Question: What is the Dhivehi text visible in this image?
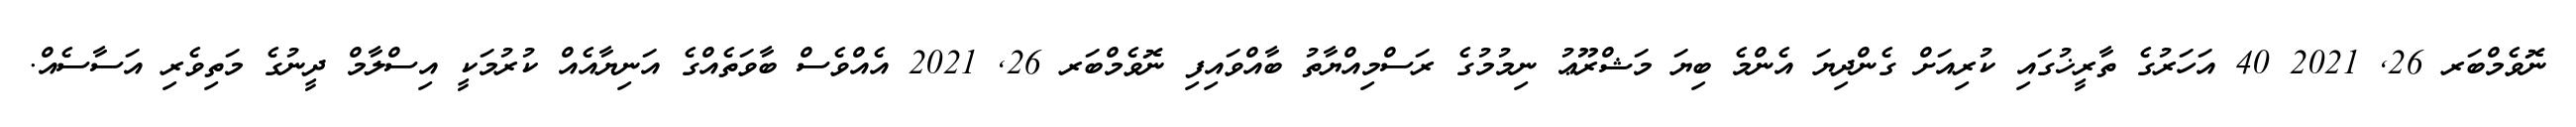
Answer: ނޮވެމްބަރ 26, 2021 40 އަހަރުގެ ތާރީޚުގައި ކުރިއަށް ގެންދިޔަ އެންމެ ބިޔަ މަޝްރޫޢު ނިމުމުގެ ރަސްމިއްޔާތު ބާއްވައިފި ނޮވެމްބަރ 26, 2021 އެއްވެސް ބާވަތެއްގެ އަނިޔާއެއް ކުރުމަކީ އިސްލާމް ދީނުގެ މަތިވެރި އަސާސެއް.